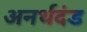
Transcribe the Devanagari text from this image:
अनर्थदंड